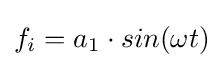
{f_{i}}=a_{1}\cdot sin(\omega t)